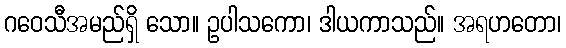
ဂဝေသီအမည်ရှိ သော။ ဥပါသကော၊ ဒါယကာသည်။ အရဟတော၊